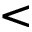
<